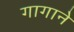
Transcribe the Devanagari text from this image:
गागाने